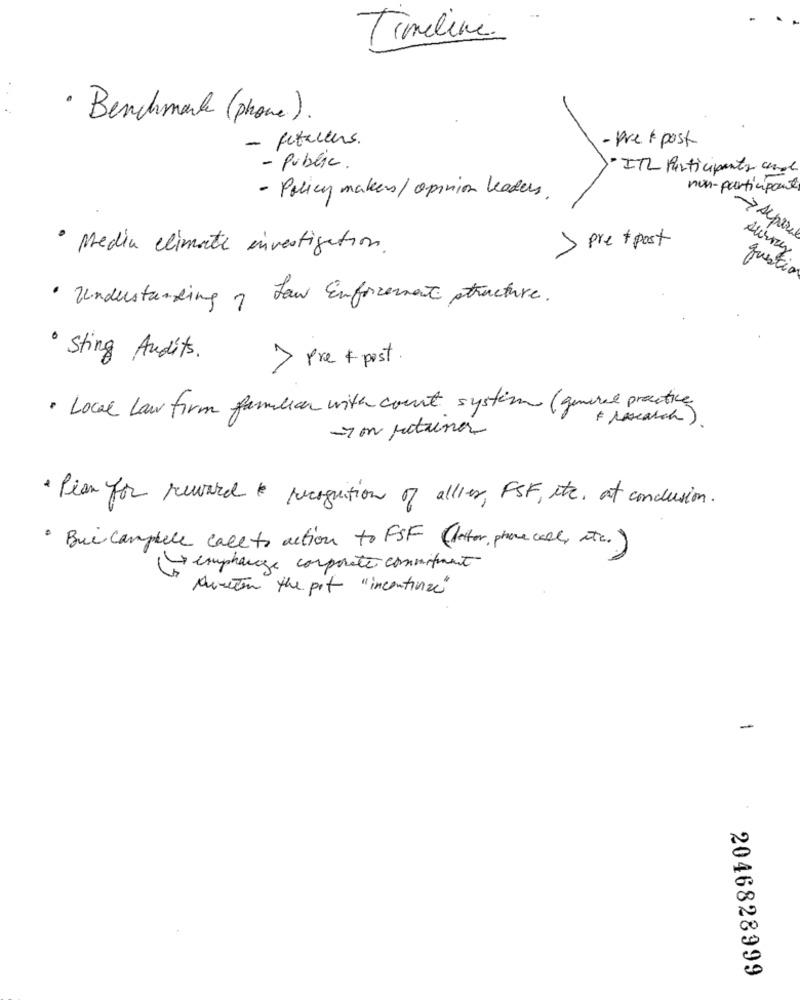
Timeline
· Benchmark (phone ).
- fetacens.
- Pre & post
- Public.
· ITL Participants and
nun-participant
- Policy makers/ opinion leaders.
· Media climate investigation.
> pre + post
questi
· Understanding of Law Enforcement structure.
· Sting Audits.
> Pre + post .
· Local law firm familiar with count system (general practice
# research ) .
-7 mn returner
· Plan for reward recognition of allier, FSF, etc. at conclusion.
· Bui campbell call to action to FSF (letter, phone call, etc.)
( emphanage corporate commitment
Nuretin the pot "incontinue"
-
2046828999